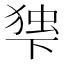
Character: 𬻨